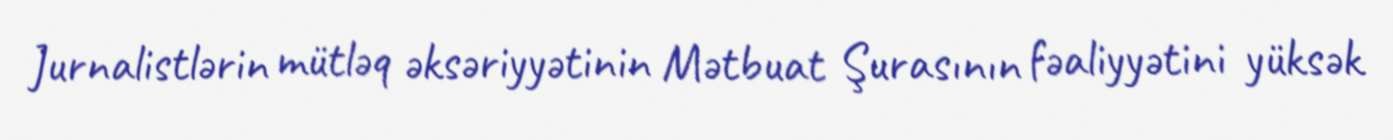
Jurnalistlərin mütləq əksəriyyətinin Mətbuat Şurasının fəaliyyətini yüksək